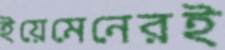
ইয়েমেনেরই